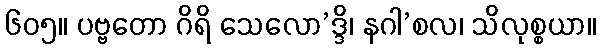
၆၀၅။ ပဗ္ဗတော ဂိရိ သေလော’ဒ္ဒိ၊ နဂါ’စလ၊ သိလုစ္စယာ။